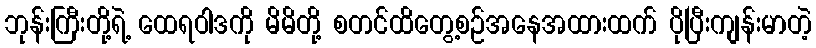
ဘုန်းကြီးတို့ရဲ့ ထေရဝါဒကို မိမိတို့ စတင်ထိတွေ့စဉ်အနေအထားထက် ပိုပြီးကျန်းမာတဲ့